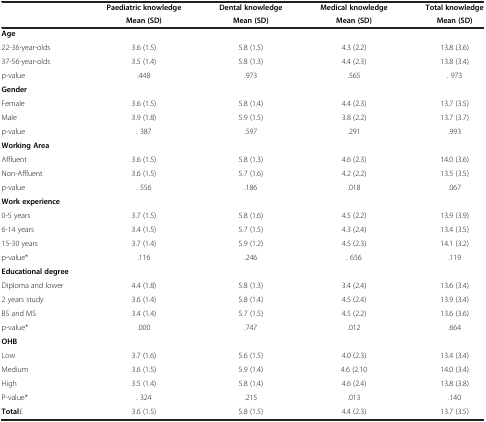
<table><thead><tr><td><b> </b></td><td><b>Paediatric knowledge</b></td><td><b>Dental knowledge</b></td><td><b>Medical knowledge</b></td><td><b>Total knowledge</b></td></tr><tr><td><b> </b></td><td><b>Mean (SD)</b></td><td><b>Mean (SD)</b></td><td><b>Mean (SD)</b></td><td><b>Mean (SD)</b></td></tr></thead><tbody><tr><td><b>Age</b></td><td> </td><td> </td><td> </td><td> </td></tr><tr><td>22-36-year-olds</td><td>3.6 (1.5)</td><td>5.8 (1.5)</td><td>4.3 (2.2)</td><td>13.8 (3.6)</td></tr><tr><td>37-56-year-olds</td><td>3.5 (1.4)</td><td>5.8 (1.3)</td><td>4.4 (2.3)</td><td>13.8 (3.4)</td></tr><tr><td>p-value</td><td>.448</td><td>.973</td><td>.565</td><td>. 973</td></tr><tr><td><b>Gender</b></td><td> </td><td> </td><td> </td><td> </td></tr><tr><td>Female</td><td>3.6 (1.5)</td><td>5.8 (1.4)</td><td>4.4 (2.3)</td><td>13.7 (3.5)</td></tr><tr><td>Male</td><td>3.9 (1.8)</td><td>5.9 (1.5)</td><td>3.8 (2.2)</td><td>13.7 (3.7)</td></tr><tr><td>p-value</td><td>. 387</td><td>.597</td><td>.291</td><td>.993</td></tr><tr><td><b>Working Area</b></td><td> </td><td> </td><td> </td><td> </td></tr><tr><td>Affluent</td><td>3.6 (1.5)</td><td>5.8 (1.3)</td><td>4.6 (2.3)</td><td>14.0 (3.6)</td></tr><tr><td>Non-Affluent</td><td>3.6 (1.5)</td><td>5.7 (1.6)</td><td>4.2 (2.2)</td><td>13.5 (3.5)</td></tr><tr><td>p-value</td><td>. 556</td><td>.186</td><td>.018</td><td>.067</td></tr><tr><td><b>Work experience</b></td><td> </td><td> </td><td> </td><td> </td></tr><tr><td>0-5 years</td><td>3.7 (1.5)</td><td>5.8 (1.6)</td><td>4.5 (2.2)</td><td>13.9 (3.9)</td></tr><tr><td>6-14 years</td><td>3.4 (1.5)</td><td>5.7 (1.5)</td><td>4.3 (2.4)</td><td>13.4 (3.5)</td></tr><tr><td>15-30 years</td><td>3.7 (1.4)</td><td>5.9 (1.2)</td><td>4.5 (2.3)</td><td>14.1 (3.2)</td></tr><tr><td>p-value*</td><td>.116</td><td>.246</td><td>. 656</td><td>.119</td></tr><tr><td><b>Educational degree</b></td><td> </td><td> </td><td> </td><td> </td></tr><tr><td>Diploma and lower</td><td>4.4 (1.8)</td><td>5.8 (1.3)</td><td>3.4 (2.4)</td><td>13.6 (3.4)</td></tr><tr><td>2 years study</td><td>3.6 (1.4)</td><td>5.8 (1.4)</td><td>4.5 (2.4)</td><td>13.9 (3.4)</td></tr><tr><td>BS and MS</td><td>3.4 (1.4)</td><td>5.7 (1.5)</td><td>4.5 (2.2)</td><td>13.6 (3.6)</td></tr><tr><td>p-value*</td><td>.000</td><td>.747</td><td>.012</td><td>.664</td></tr><tr><td><b>OHB</b></td><td> </td><td> </td><td> </td><td> </td></tr><tr><td>Low</td><td>3.7 (1.6)</td><td>5.6 (1.5)</td><td>4.0 (2.3)</td><td>13.4 (3.4)</td></tr><tr><td>Medium</td><td>3.6 (1.5)</td><td>5.9 (1.4)</td><td>4.6 (2.10</td><td>14.0 (3.4)</td></tr><tr><td>High</td><td>3.5 (1.4)</td><td>5.8 (1.4)</td><td>4.6 (2.4)</td><td>13.8 (3.8)</td></tr><tr><td>P-value*</td><td>. 324</td><td>.215</td><td>.013</td><td>.140</td></tr><tr><td><b>Total</b>£</td><td>3.6 (1.5)</td><td>5.8 (1.5)</td><td>4.4 (2.3)</td><td>13.7 (3.5)</td></tr></tbody></table>